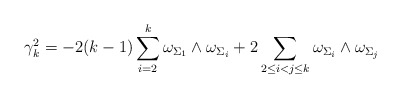
\begin{align*}\gamma_{k}^{2}=-2(k-1)\sum_{i=2}^{k}\omega_{\Sigma_{1}}\wedge\omega_{\Sigma_{i}}+2\sum_{2\leq i<j\leq k}\omega_{\Sigma_{i}}\wedge\omega_{\Sigma_{j}}\end{align*}